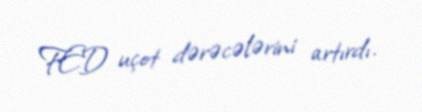
FED uçot dərəcələrini artırdı.